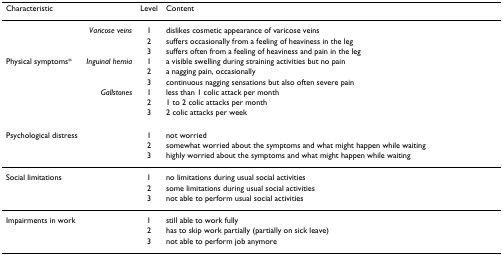
| Characteristic |  | Level | Content |
 | --- | --- | --- | --- |
 |  | Varicose veins | 1 | dislikes cosmetic appearance of varicose veins |
 |  |  | 2 | suffers occasionally from a feeling of heaviness in the leg |
 |  |  | 3 | suffers often from a feeling of heaviness and pain in the leg |
 | Physical symptoms* | Inguinal hernia | 1 | a visible swelling during straining activities but no pain |
 |  |  | 2 | a nagging pain, occasionally |
 |  |  | 3 | continuous nagging sensations but also often severe pain |
 |  | Gallstones | 1 | less than 1 colic attack per month |
 |  |  | 2 | 1 to 2 colic attacks per month |
 |  |  | 3 | 2 colic attacks per week |
 | Psychological distress |  | 1 | not worried |
 |  |  | 2 | somewhat worried about the symptoms and what might happen while waiting |
 |  |  | 3 | highly worried about the symptoms and what might happen while waiting |
 | Social limitations |  | 1 | no limitations during usual social activities |
 |  |  | 2 | some limitations during usual social activities |
 |  |  | 3 | not able to perform usual social activities |
 | Impairments in work |  | 1 | still able to work fully |
 |  |  | 2 | has to skip work partially (partially on sick leave) |
 |  |  | 3 | not able to perform job anymore |